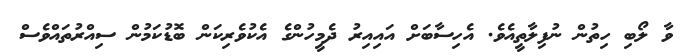
ވާ ލޯބި ހިތުން ނުފިލާތީއެވެ. އެހިސާބަށް އައިއިރު ދެމީހުންގެ އެކުވެރިކަން ބޮޑުކަމުން ސިއްރުތައްވެސް